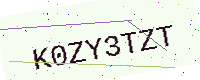
Text: K0ZY3TZT